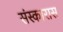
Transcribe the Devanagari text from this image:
संस्कारास